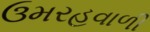
ઉમરહવાળી